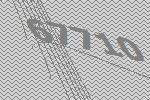
67710